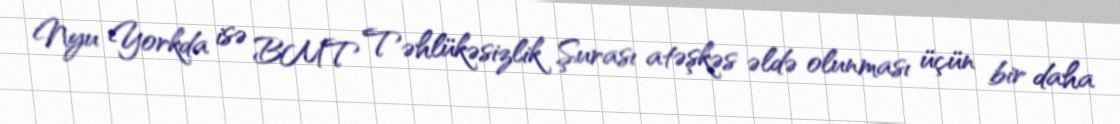
Nyu Yorkda isə BMT Təhlükəsizlik Şurası atəşkəs əldə olunması üçün bir daha